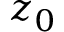
z _ { 0 }